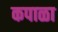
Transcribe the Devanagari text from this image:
कपाळा